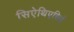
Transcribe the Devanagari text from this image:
सिऐथिएसिई